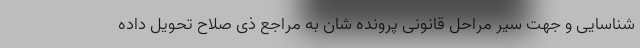
شناسایی و جهت سیر مراحل قانونی پرونده شان به مراجع ذی صلاح تحویل داده